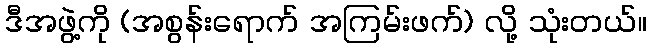
ဒီအဖွဲ့ကို (အစွန်းရောက် အကြမ်းဖက်) လို့ သုံးတယ်။